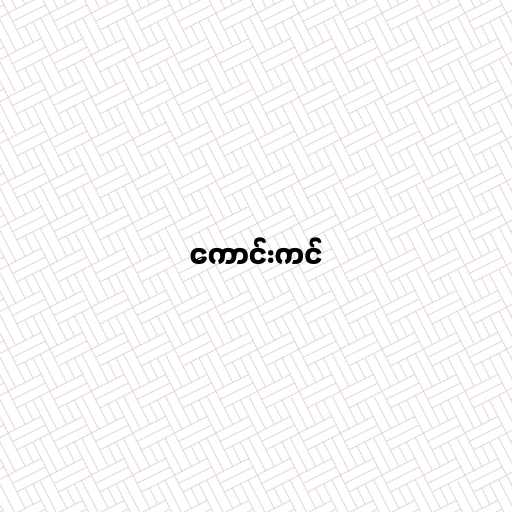
ကောင်းကင်